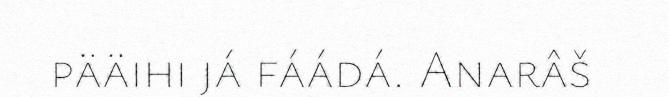
pääihi já fáádá. Anarâš